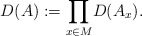
\begin{align*} D(A):= \displaystyle{\prod_{x\in M}}D(A_x).\end{align*}